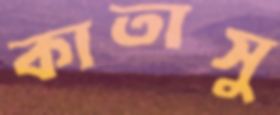
কাতাসু